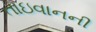
તાઇવાનની